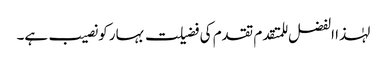
لہٰذا الفضل للمتقدم تقدم کی فضیلت بہار کو نصیب ہے۔